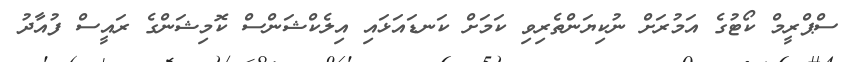
ސްޕްރީމް ކޯޓުގެ އަމުރަށް ނުކިޔަންތެރިވި ކަމަށް ކަނޑައަޅައި އިލެކްޝަންސް ކޮމިޝަންގެ ރައީސް ފުއާދު